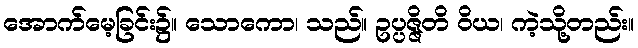
အောက်မေ့ခြင်း၌။ သောကော၊ သည်။ ဥပ္ပဇ္ဇိတိ ဝိယ၊ ကဲ့သို့တည်း။